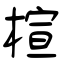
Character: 楦